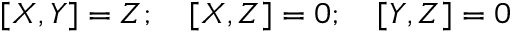
[ X , Y ] = Z ; \quad [ X , Z ] = 0 ; \quad [ Y , Z ] = 0